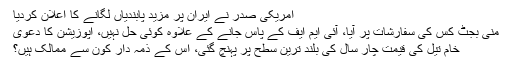
امریکی صدر نے ایران پر مزید پابندیاں لگانے کا اعلان کردیا
منی بجٹ کس کی سفارشات پر آیا، آئی ایم ایف کے پاس جانے کے علاوہ کوئی حل نہیں، اپوزیشن کا دعویٰ
خام تیل کی قیمت چار سال کی بلند ترین سطح پر پہنچ گئی، اس کے ذمہ دار کون سے ممالک ہیں؟